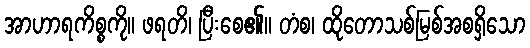
အာဟာရကိစ္စကို။ ဖရတိ၊ ပြီးစေ၏။ တံစ၊ ထိုတောသစ်မြစ်အစရှိသော